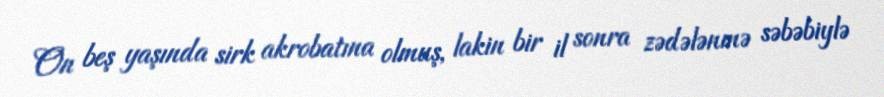
On beş yaşında sirk akrobatına olmuş, lakin bir il sonra zədələnmə səbəbiylə